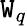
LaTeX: \mathtt{W}_{q}